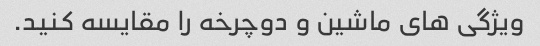
ویژگی های ماشین و دوچرخه را مقایسه کنید.